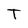
Character: T